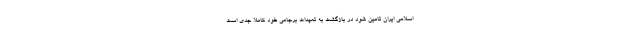
اسلامی ایران تامین شود در بازگشت به تعهدات برجامی خود کاملا جدی است